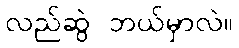
လည်ဆွဲ ဘယ်မှာလဲ။